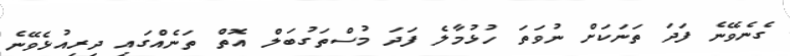
ގެނެވޭނެ ފަދަ ތަނަކަށް ނުވަތަ ހުޅުމާލެ ފަދަ މުސްތަގުބަލް އޮތް ތަނެއްގައި ދިރިއުޅެވޭނެ